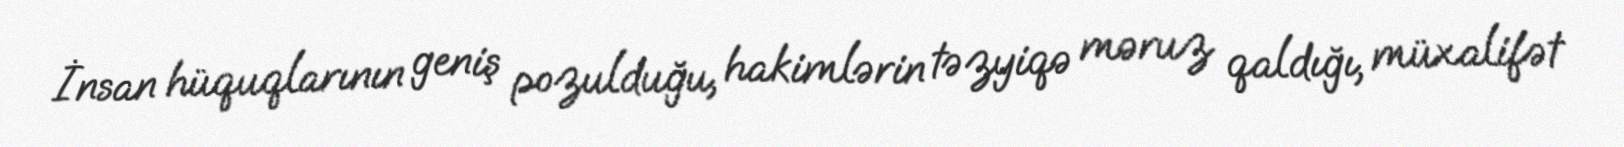
İnsan hüquqlarının geniş pozulduğu, hakimlərin təzyiqə məruz qaldığı, müxalifət